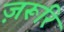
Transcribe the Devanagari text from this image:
ज़रूरि